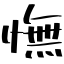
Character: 憮